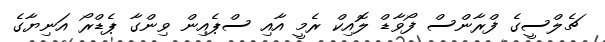
ޗެލްސީގެ ފްރާންސް ފޯވާޑް ލޮއިކް ރެމީ އާއި ސްޕެއިން ވިންގާ ޕެޑްރޯ އަނިޔާގެ